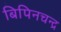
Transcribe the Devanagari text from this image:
बिपिनचन्द्र